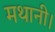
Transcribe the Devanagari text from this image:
मथानी।